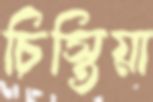
চিস্তিয়া